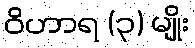
ဝိဟာရ (၃) မျိုး